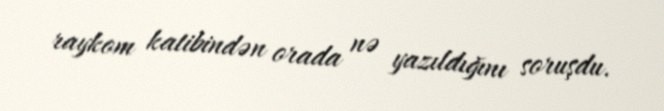
raykom katibindən orada nə yazıldığını soruşdu.